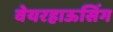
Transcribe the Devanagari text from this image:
वेयरहाऊसिंग